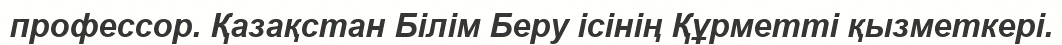
профессор. Қазақстан Білім Беру ісінің Құрметті қызметкері.